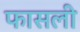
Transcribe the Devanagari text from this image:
फासली